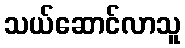
သယ်ဆောင်လာသူ